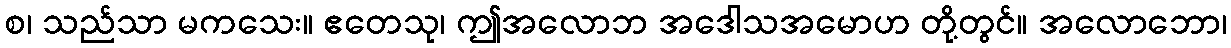
စ၊ သည်သာ မကသေး။ ဧတေသု၊ ဤအလောဘ အဒေါသအမောဟ တို့တွင်။ အလောဘော၊